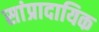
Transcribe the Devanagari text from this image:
सांप्रादायिक